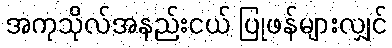
အကုသိုလ်အနည်းငယ် ပြုဖန်များလျှင်